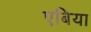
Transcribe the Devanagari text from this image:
एबिया